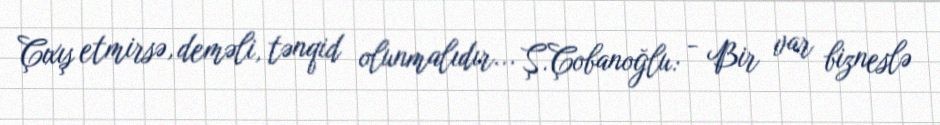
Çıxış etmirsə, deməli, tənqid olunmalıdır... Ş.Çobanoğlu: - Bir var bizneslə